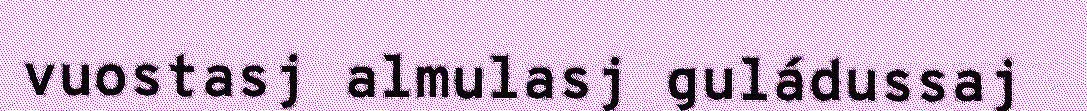
vuostasj almulasj guládussaj